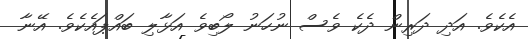
އެކެވެ. އަދި ދަރިން ދެކެ ވެސް ނުހަނު ލޯބިވެ އަޅާލި ބައްޕައެކެވެ. އޭނާ